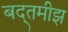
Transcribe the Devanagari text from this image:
बद्तमीझ